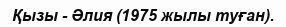
Қызы - Әлия (1975 жылы туған).